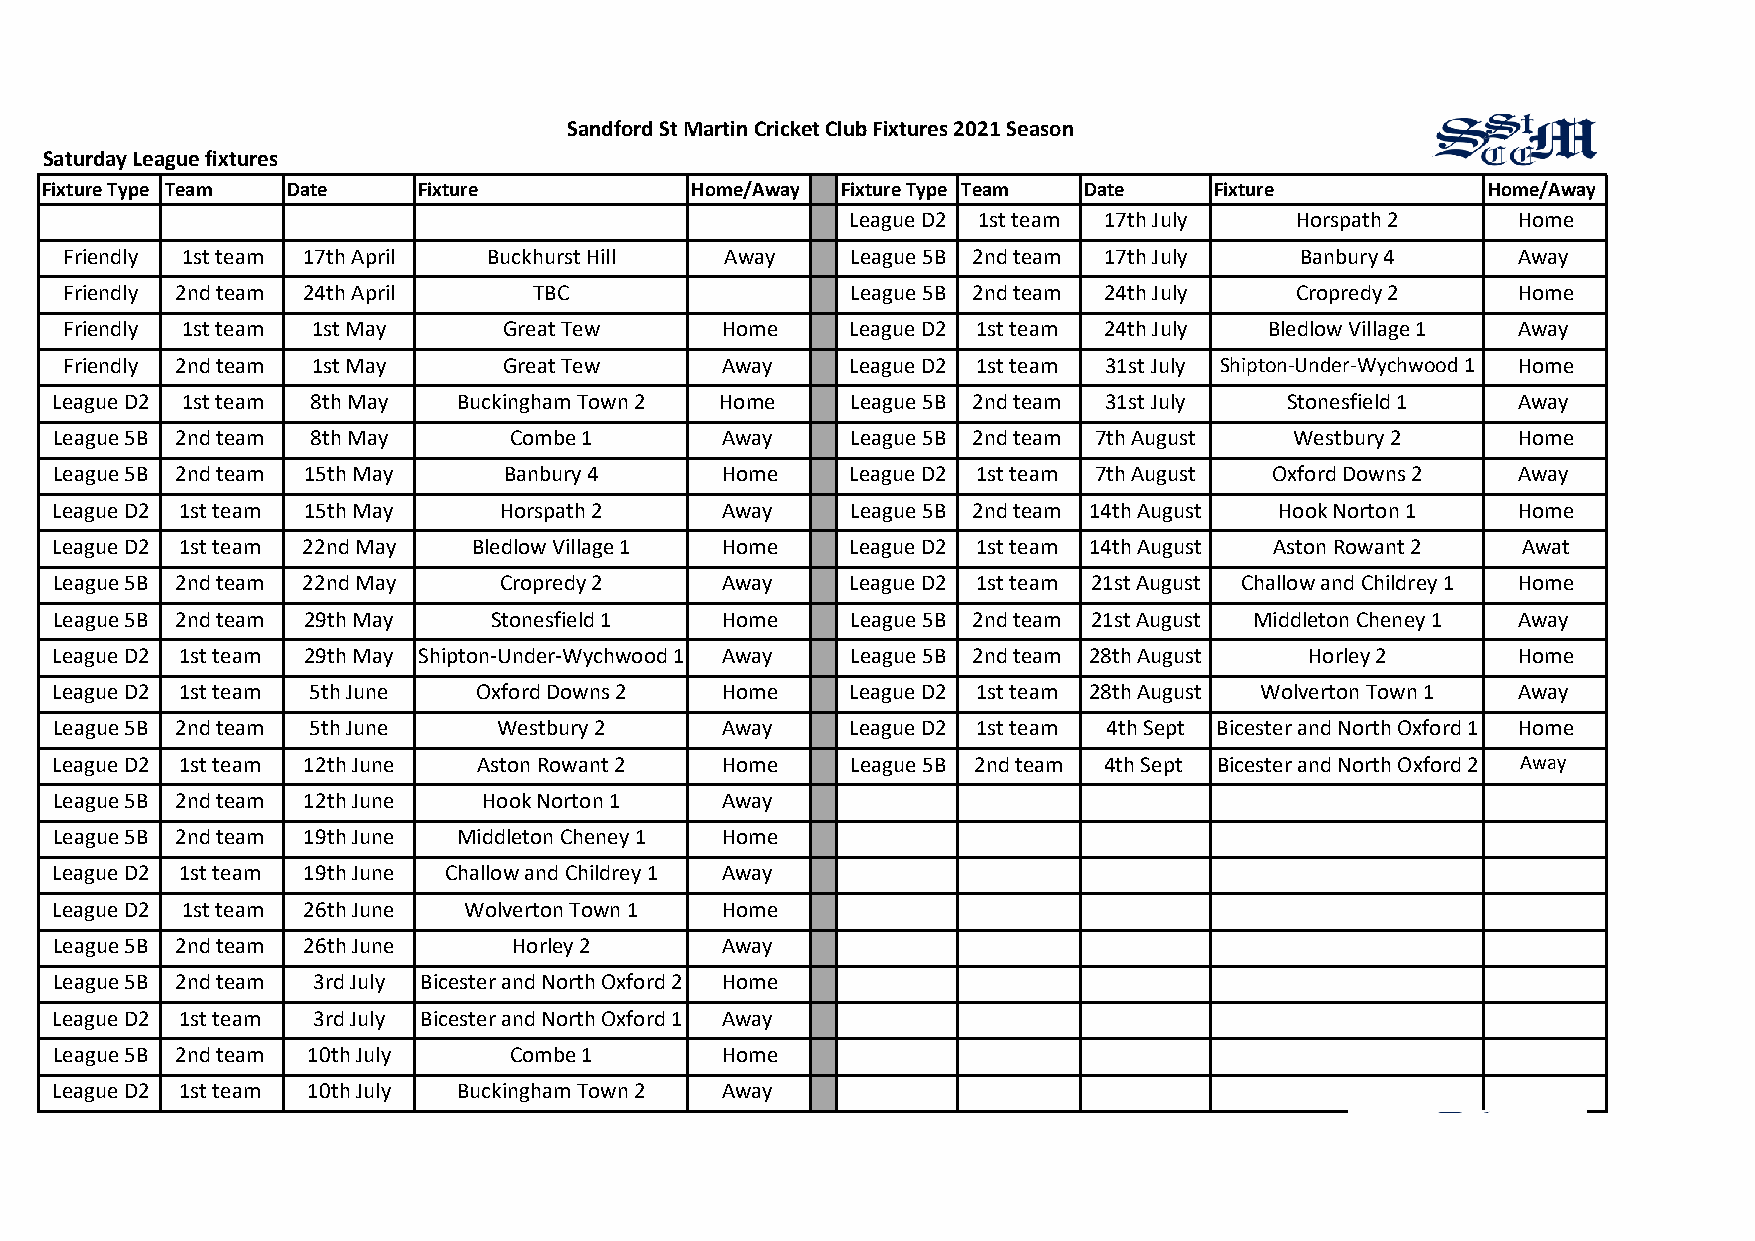
Sandford St Martin Cricket Club Fixtures 2021 Season
 Saturday League fixtures
 Fixture Type Team Date   Fixture           Home/Away Fixture Type Team Date  Fixture           Home/Away
 League D2 1st team 17th July  Horspath 2    Home
 Friendly 1st team 17th April Buckhurst Hill Away    League 5B 2nd team 17th July  Banbury 4     Away
 Friendly 2nd team 24th April   TBC                  League 5B 2nd team 24th July  Cropredy 2    Home
 Friendly 1st team 1st May    Great Tew      Home    League D2 1st team 24th July Bledlow Village 1 Away
 Friendly 2nd team 1st May    Great Tew      Away    League D2 1st team 31st July Shipton-Under-Wychwood 1 Home
 League D2 1st team 8th May Buckingham Town 2 Home    League 5B 2nd team 31st July Stonesfield 1  Away
 League 5B 2nd team 8th May     Combe 1       Away    League 5B 2nd team 7th August Westbury 2    Home
 League 5B 2nd team 15th May   Banbury 4      Home    League D2 1st team 7th August Oxford Downs 2 Away
 League D2 1st team 15th May   Horspath 2     Away    League 5B 2nd team 14th August Hook Norton 1 Home
 League D2 1st team 22nd May Bledlow Village 1 Home   League D2 1st team 14th August Aston Rowant 2 Awat
 League 5B 2nd team 22nd May   Cropredy 2     Away    League D2 1st team 21st August Challow and Childrey 1 Home
 League 5B 2nd team 29th May  Stonesfield 1   Home    League 5B 2nd team 21st August Middleton Cheney 1 Away
 League D2 1st team 29th May Shipton-Under-Wychwood 1 Away League 5B 2nd team 28th August Horley 2 Home
 League D2 1st team 5th June  Oxford Downs 2  Home    League D2 1st team 28th August Wolverton Town 1 Away
 League 5B 2nd team 5th June   Westbury 2     Away    League D2 1st team 4th Sept Bicester and North Oxford 1 Home
 League D2 1st team 12th June Aston Rowant 2  Home    League 5B 2nd team 4th Sept Bicester and North Oxford 2 Away
 League 5B 2nd team 12th June Hook Norton 1   Away
 League 5B 2nd team 19th June Middleton Cheney 1 Home
 League D2 1st team 19th June Challow and Childrey 1 Away
 League D2 1st team 26th June Wolverton Town 1 Home
 League 5B 2nd team 26th June   Horley 2      Away
 League 5B 2nd team 3rd July Bicester and North Oxford 2 Home
 League D2 1st team 3rd July Bicester and North Oxford 1 Away
 League 5B 2nd team 10th July   Combe 1       Home
 League D2 1st team 10th July Buckingham Town 2 Away